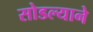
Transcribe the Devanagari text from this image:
सोडल्याने